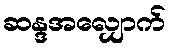
ဆန္ဒအလျှောက်